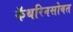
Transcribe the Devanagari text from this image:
कॅथरिनसोबत